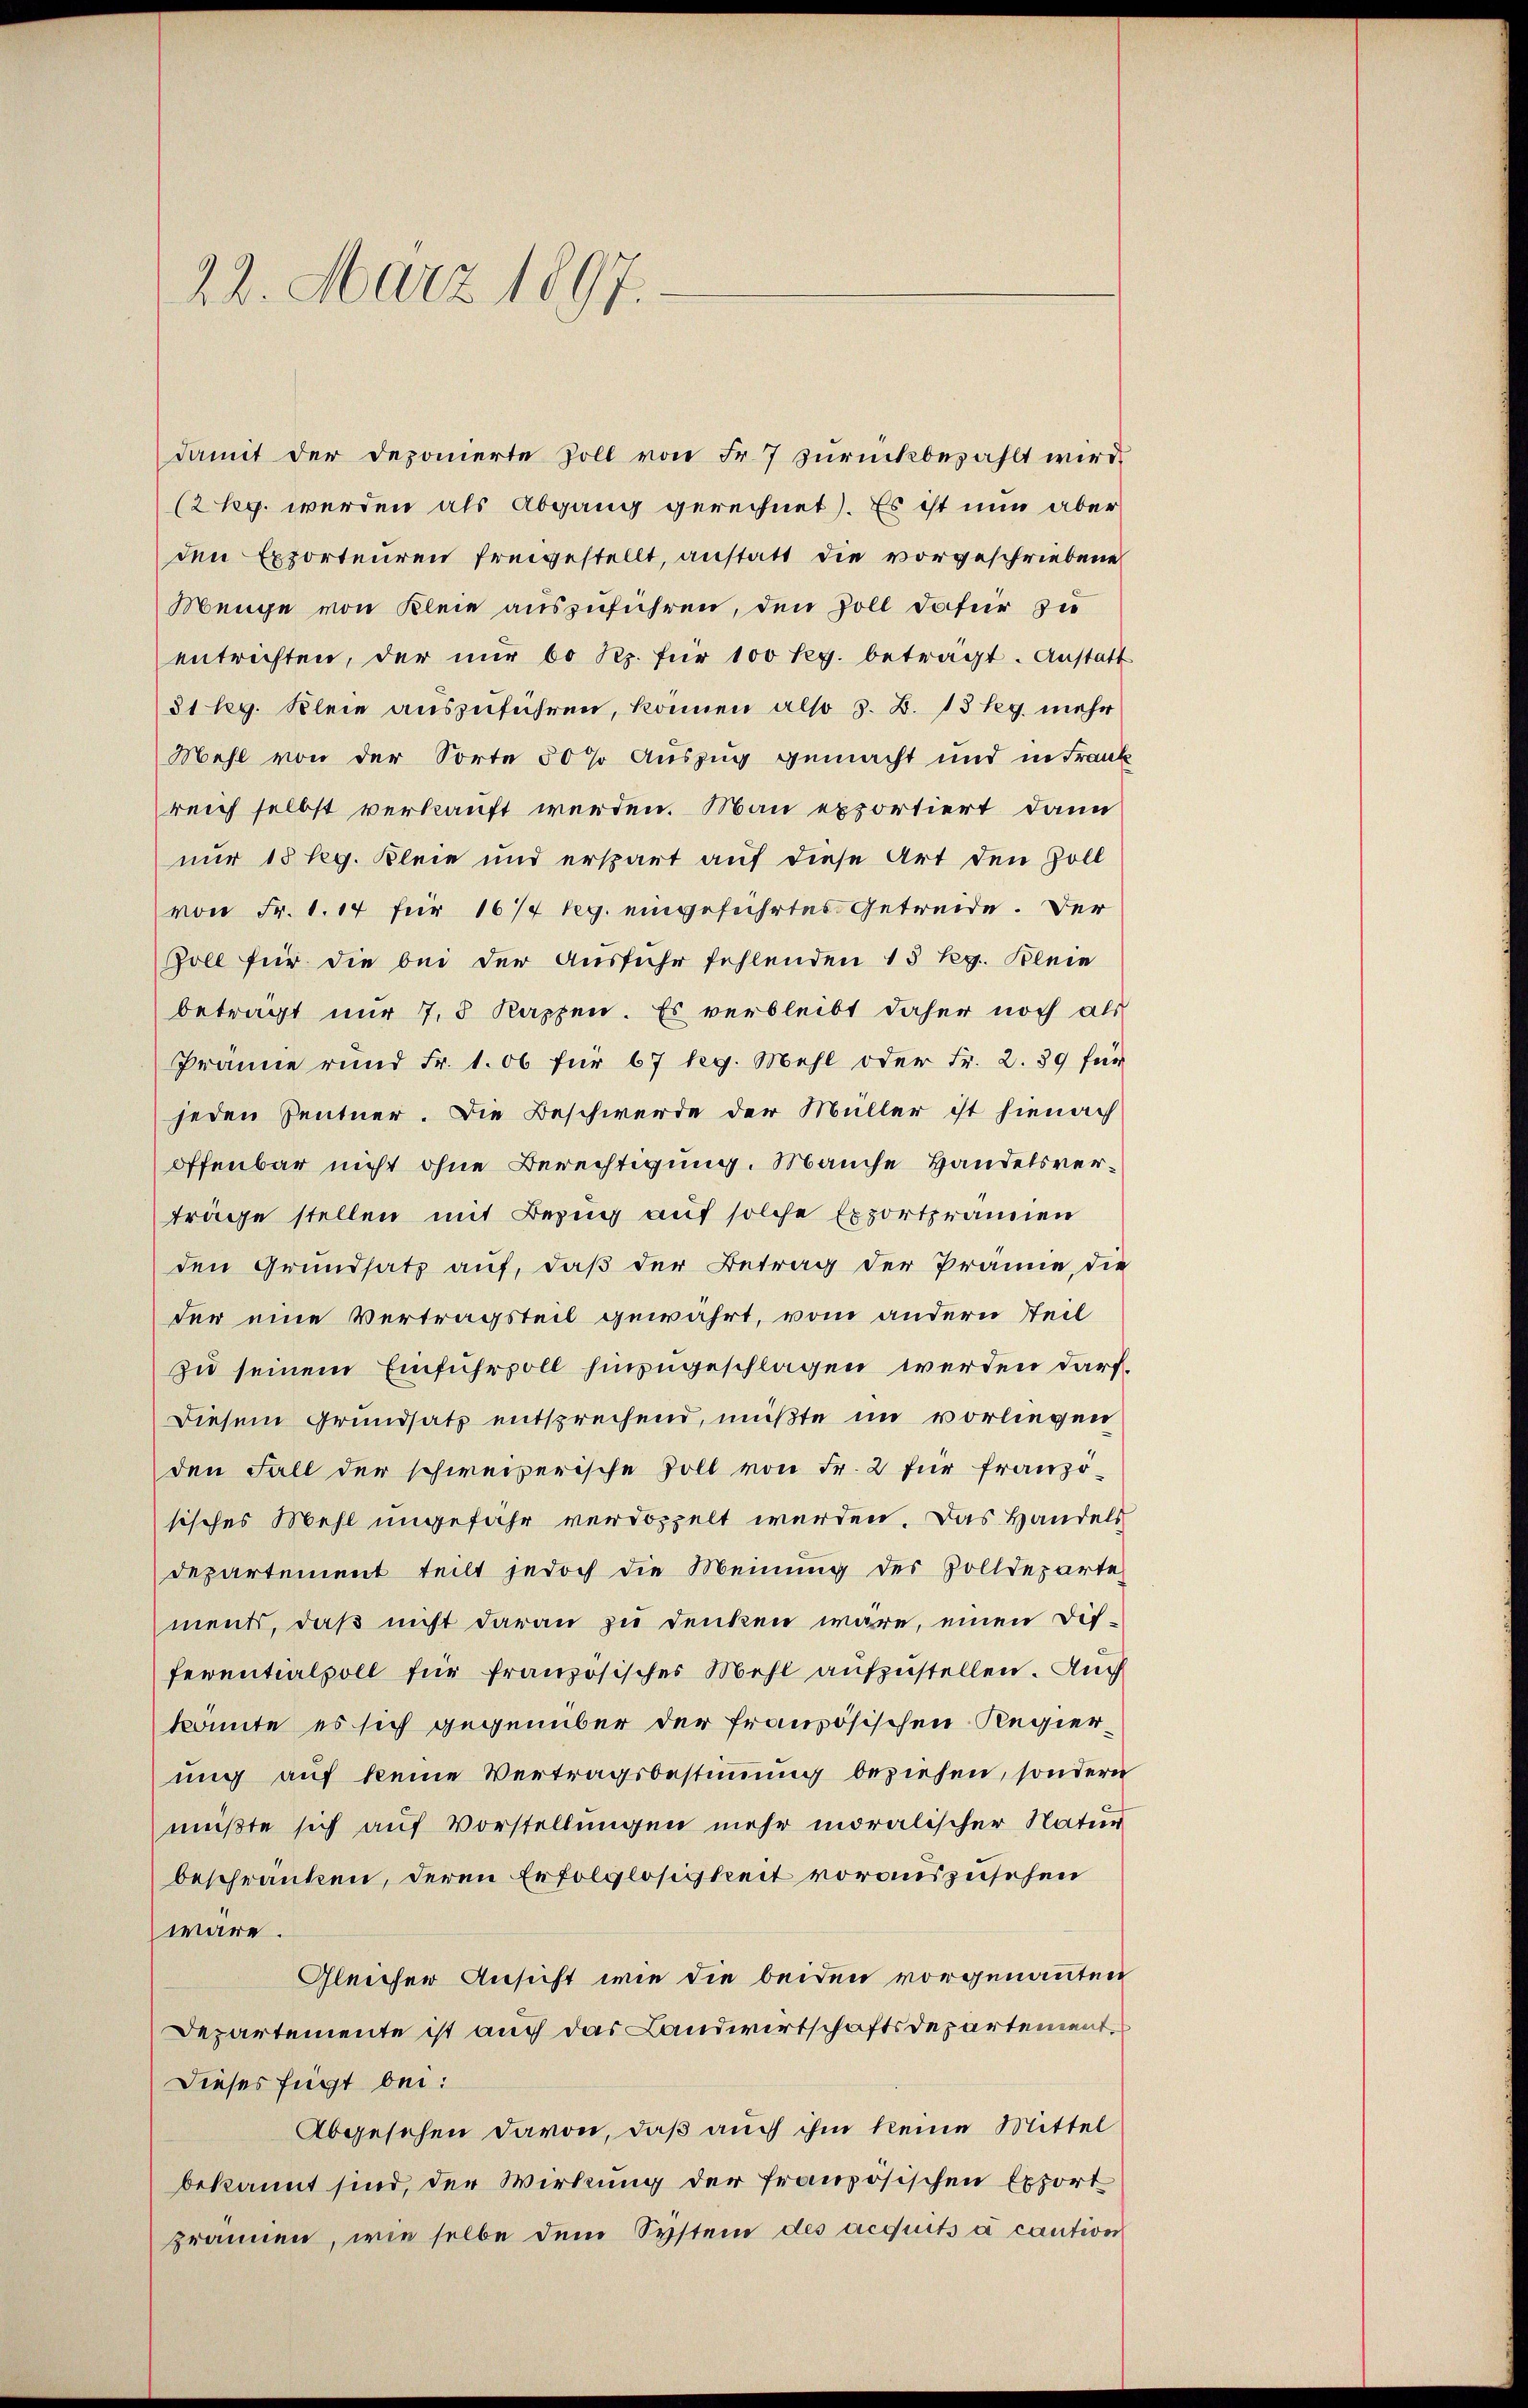
22. März 1897.

reich selbst verkauft werden. Man exportiert, dann
nur 15 leg. Klein und erspart auf diese Art den Zoll
von Fr. 1. 14 für 16/7 leg. eingeführtes Getreide. Der
Soll für die bei der Ausführ fehlenden 15 Rg. Blein
betragt nur 7,8 Kappen. Es verbleibt daher noch als
Prämie rund Fr. 1. 06 für 67 leg. Mehl oder Fr. 2. 39 für
jeden Zentner. Die Beschwerde der Müller ist hienach
offenbar nicht ohne Berechtigung. Manche Handelsverträge stellen mit Bezug auf solche Exportrauen
den Grundsatz auf, daß der Betrag der Prämie, die
der eine Vertragsteil gewährt, vom andern Teil
zu seinem Einfuhrzoll hinzugeschlagen werden darf.
Diesem Grundsatz entsprechend, müßte im vorliegen
den Fall der schweizerische soll von Fr. 2 für französisches Mehl ungefähr verdoppelt werden. Das Handels
departement teilt jedoch die Meinung des Zolldeparte
ments, daß nicht daran zu denken wäre, einen Dis-
seventialpoll für französisches Mehl aufzustellen. Auch
konnte es sich gegenüber der französischen Regierung auf keine Vertragsbestimmung beziehen, sondern
meßte sich auf Vorstellungen mehr moralischer Natur
beschränken, deren Erfolglosigkeit vorauszusehen
wäre.
Gleicher Ansicht wie die beiden vorgenannten
Departemente ist auch das Landwirtschaftsdepartement
Dieses fügt bei:
Abgesehen davon, daß auch ihm keine Mittel
bekannt sind, der Wirkung der französischen Export
prämie, wie selbe dem System des acquits à caution

damit der deponierte Zoll von Fr. 7 zurückbezahlt wird,
(2 kg werden als Abgang gerechnet). Es ist nun aber
den Exporteuren freigestellt, anstatt die vorgeschriebene
Menge von Klein auszuführen, den Zoll dafür zu
entrichten, der nŭr 60 Rp. für 100 Rp. betragt. Anstatt
81 lg. Klein auszuführen, können also S. B. 13 kg mehr
Mehl von der Sorte 50 % Auszug gemacht und in Frank